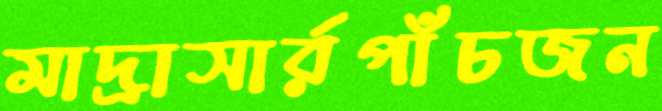
মাদ্রাসার্রপাঁচজন